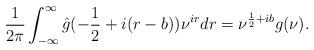
LaTeX: \begin{align*}\frac{1}{2\pi}\int_{-\infty}^\infty\hat{g}(-\frac12+i(r-b))\nu^{ir} dr =\nu^{\frac12+ib}g(\nu).\end{align*}